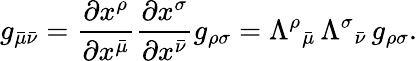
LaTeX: g_{{\bar{\mu}}{\bar{\nu}}}={\frac{\partial x^{\rho}}{\partial x^{\bar{\mu}}}}{\frac{\partial x^{\sigma}}{\partial x^{\bar{\nu}}}}g_{\rho\sigma}=\Lambda^{\rho}{}_{\bar{\mu}}\, \Lambda^{\sigma}{}_{\bar{\nu}}\, g_{\rho\sigma}.